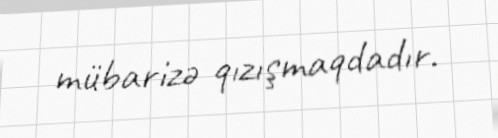
mübarizə qızışmaqdadır.